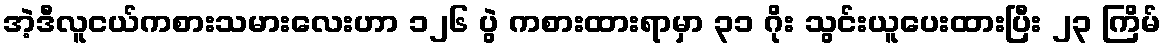
အဲ့ဒီလူငယ်ကစားသမားလေးဟာ ၁၂၆ ပွဲ ကစားထားရာမှာ ၃၁ ဂိုး သွင်းယူပေးထားပြီး ၂၃ ကြိမ်